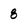
Character: 8